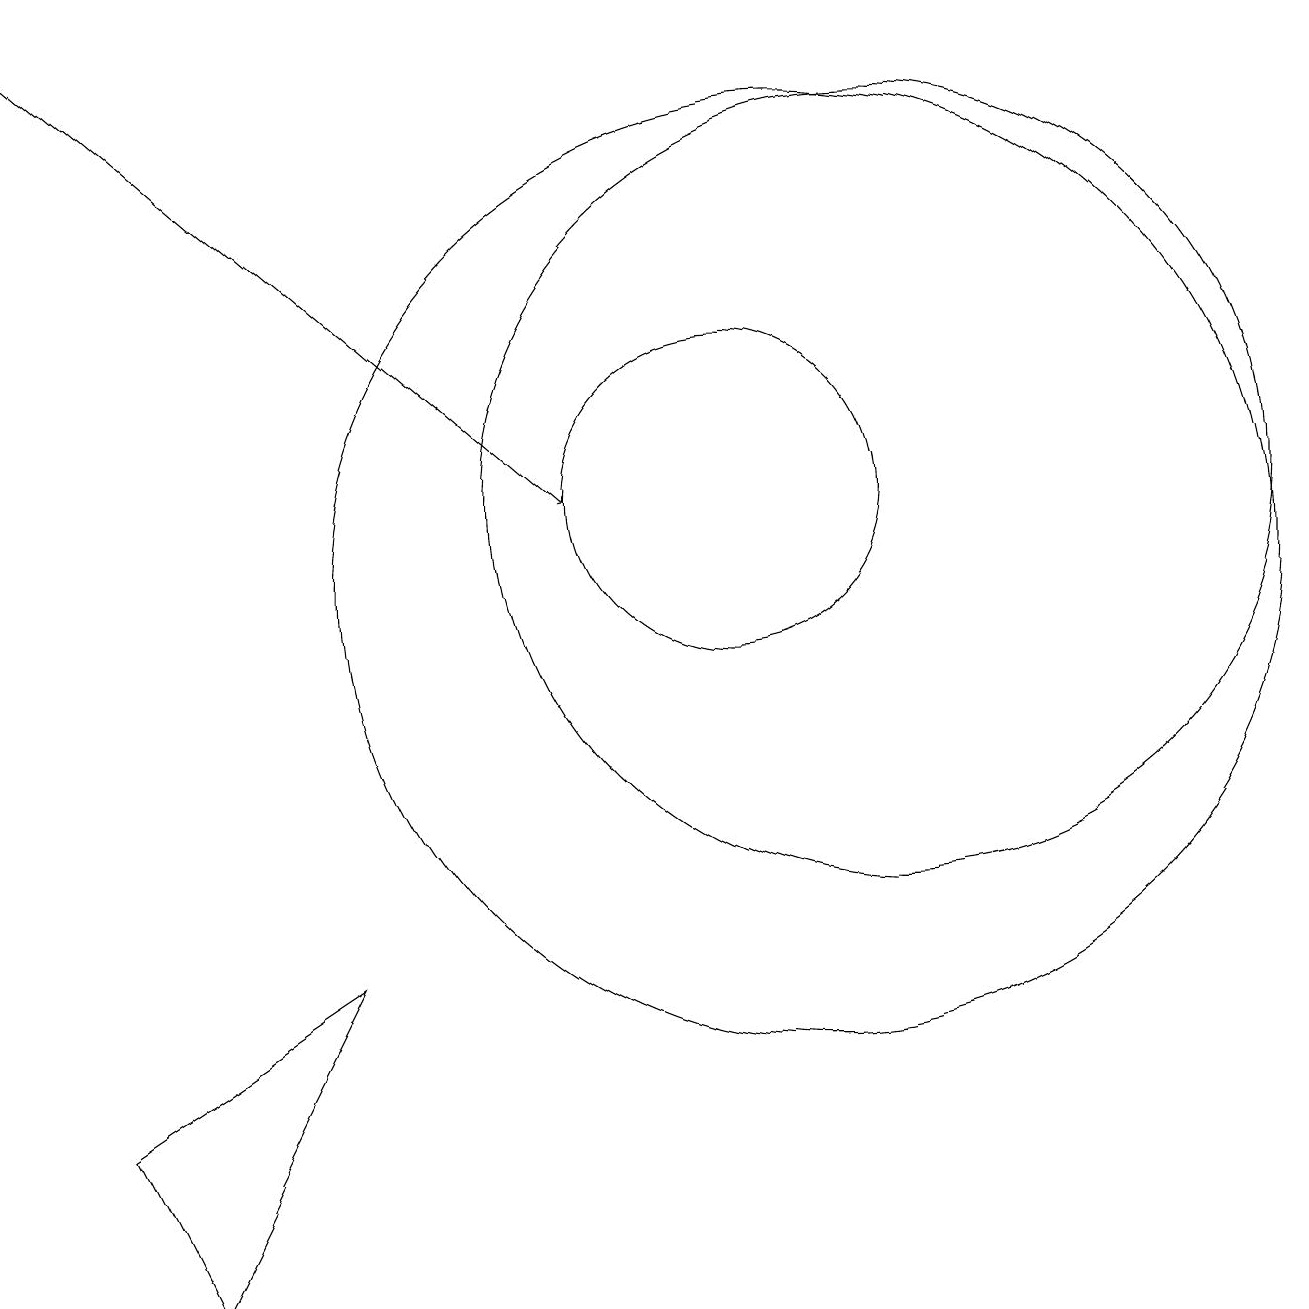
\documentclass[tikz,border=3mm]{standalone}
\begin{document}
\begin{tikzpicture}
\draw (12,11) circle (5);
\draw[->] (1,17) -- (8,11);
\draw (2,3) -- (5,5) -- (3,1) -- cycle;
\draw (10,11) circle (2);
\draw (11,10) circle (6);
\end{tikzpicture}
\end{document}